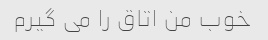
خوب من اتاق را می گیرم